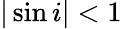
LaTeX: |\sin i|<1